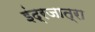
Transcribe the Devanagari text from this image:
इंद्रजात्रा